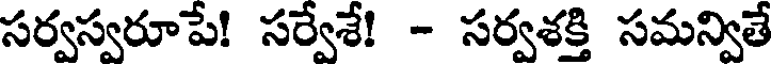
సర్వస్వరూపే! సర్వేశే! - సర్వశక్తి సమన్వితే